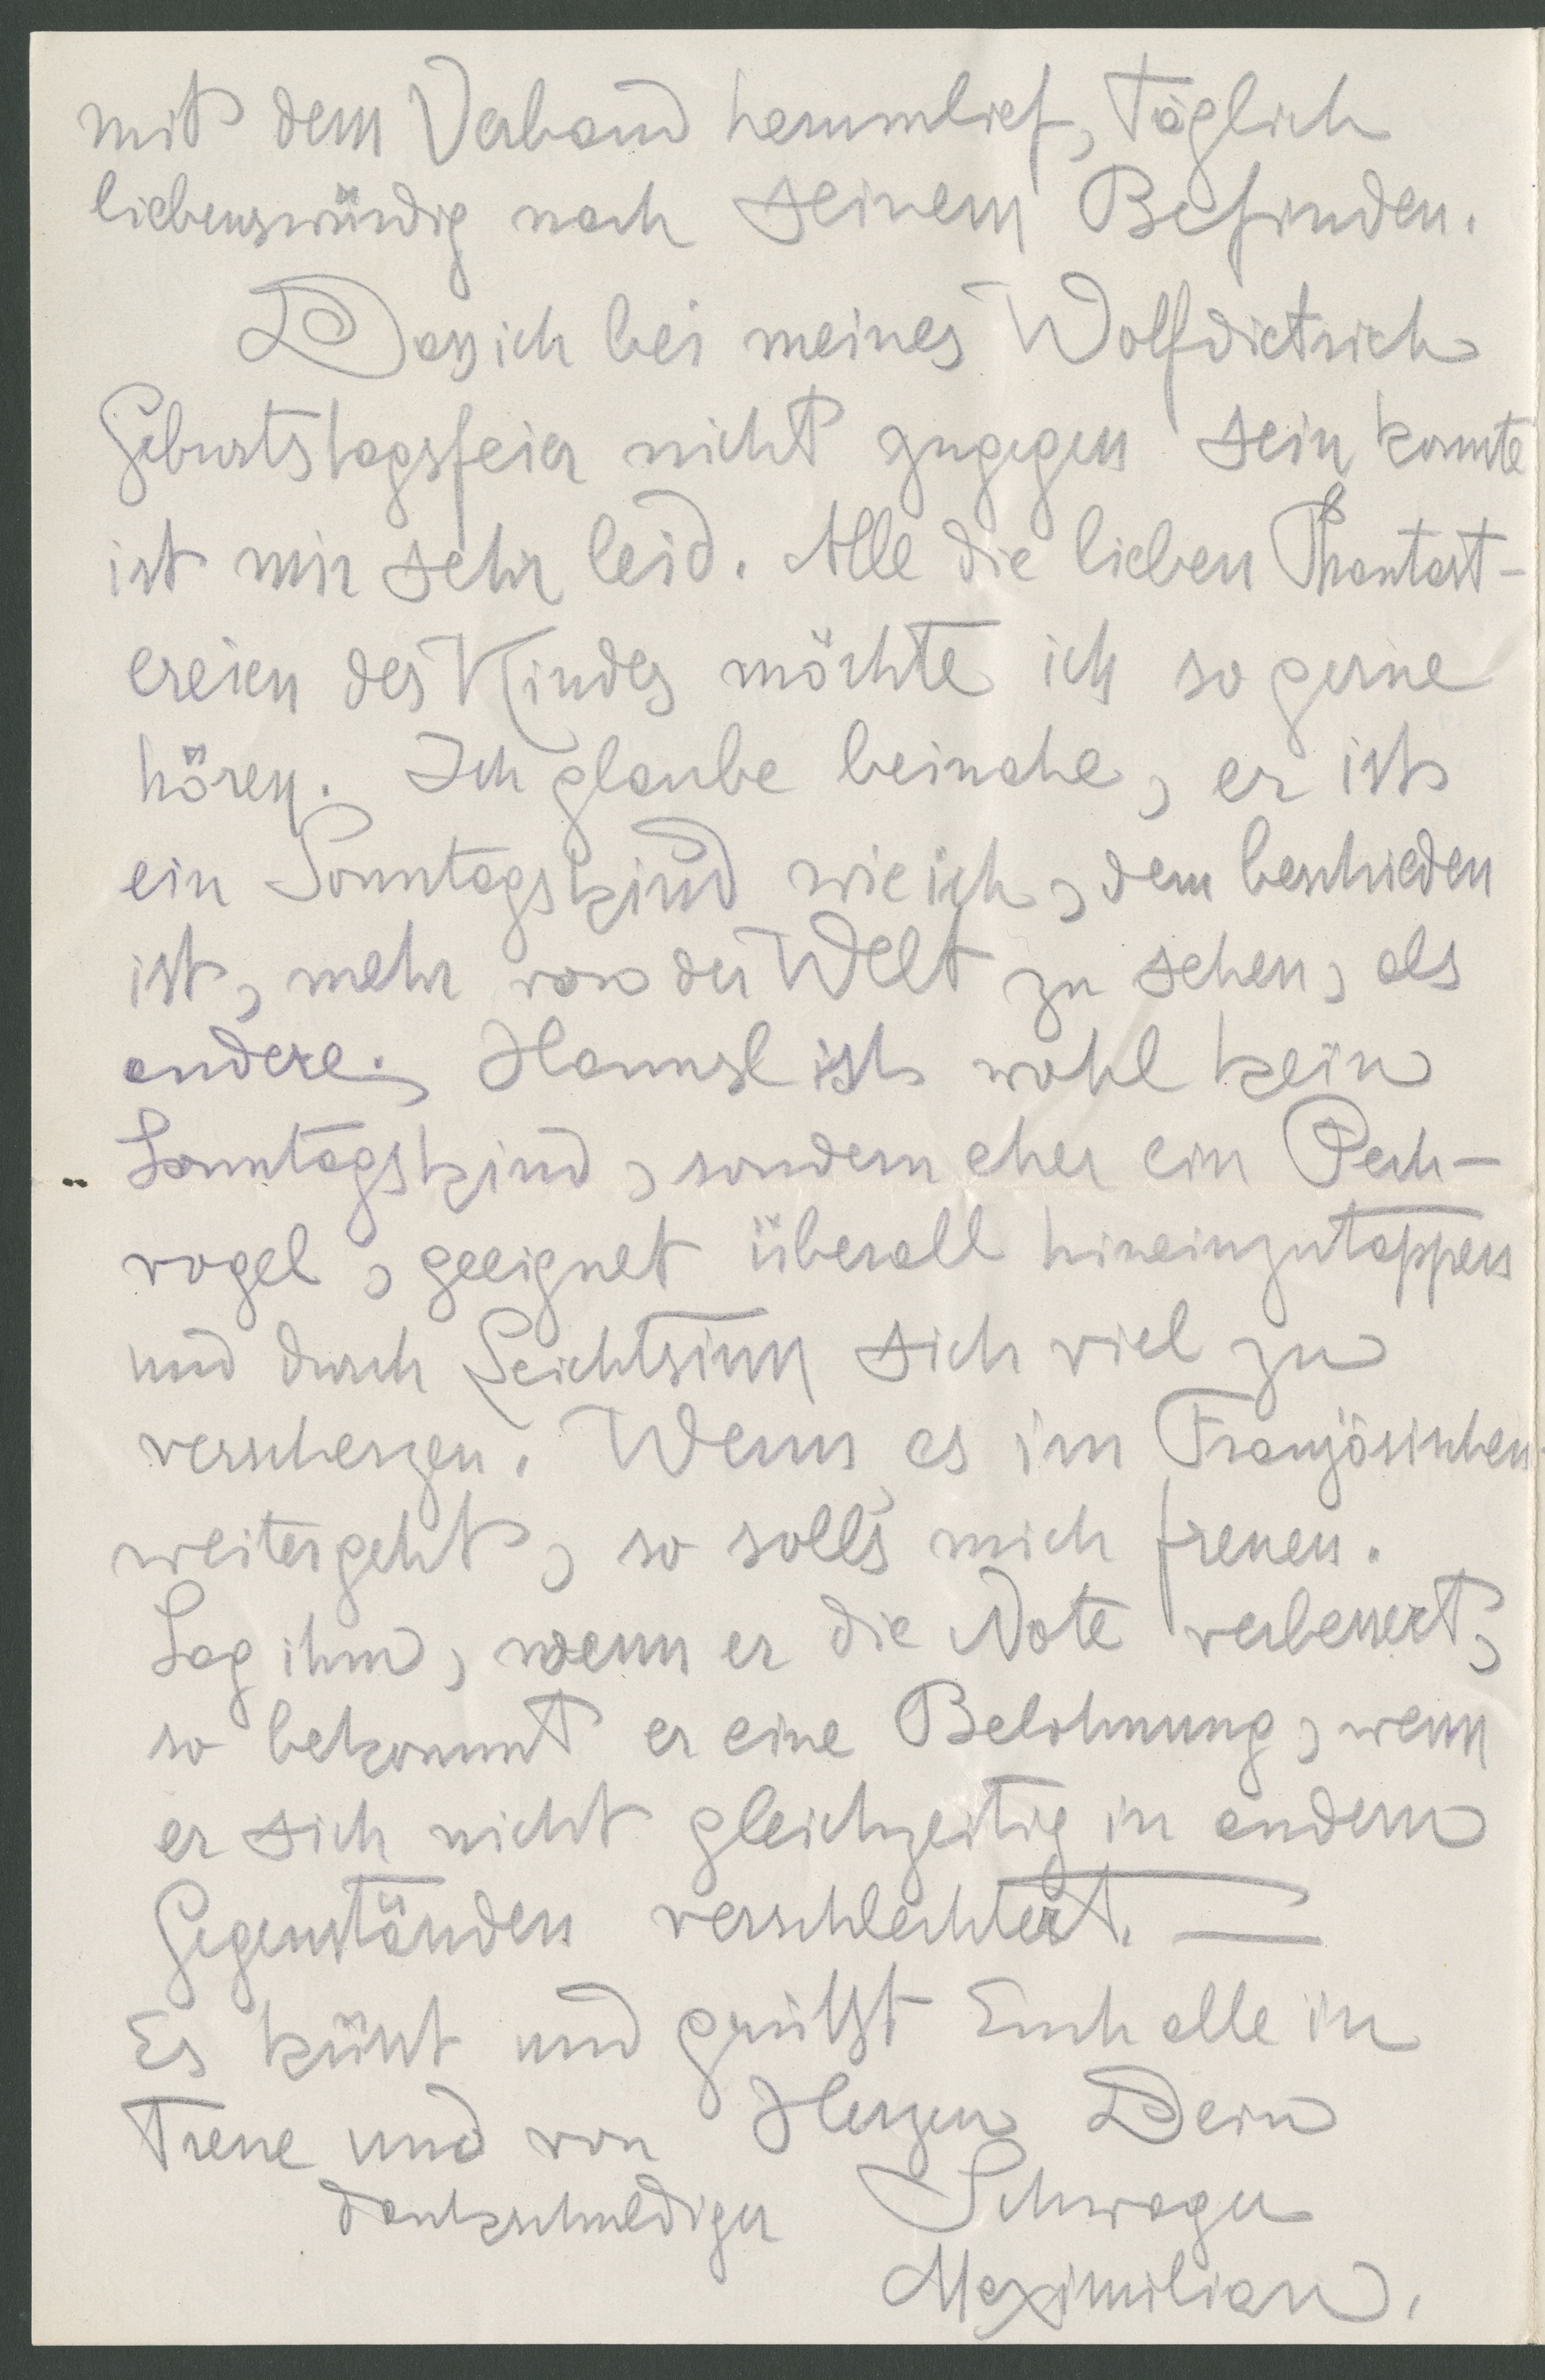
mit dem Verband herumlief, täglich
liebenswürdig nach seinem Befinden.
Dass ich bei meines Wolfdietrich
Geburtstagsfeier nicht zugegen sein konnte
ist mir sehr leid. Alle die lieben Phantast-
ereien des Kindes möchte ich so gerne
hören. Ich glaube beinahe, er ist
ein Sonntagskind wie ich, dem beschieden
ist, mehr von der Welt zu sehen, als
andere. Hansl ist wohl kein
Sonntagskind, sondern eher ein Pech-
vogel, geeignet überall hineinzutappen
und durch Leichtsinn sich viel zu
verscherzen. Wenn es im Französischen
weitergeht, so solls mich freuen.
Sag ihm, wenn er die Note verbessert,
so bekommt er eine Belohnung, wenn
er sich nicht gleichzeitig in andern
Gegenständen verschlechtert.
Es küsst und grüßt Euch alle in
Treue und von Herzen Dein
dankschuldiger Schwager
Maximilian